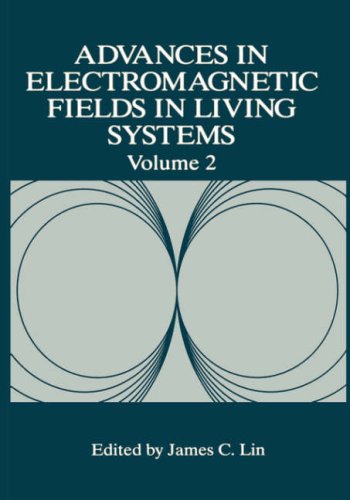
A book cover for Advances in Electromagnetic Fields in Living Systems; Science & Math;